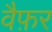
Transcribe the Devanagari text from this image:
वैफ़र